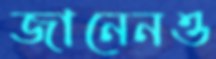
জানেনও